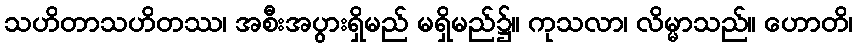
သဟိတာသဟိတဿ၊ အစီးအပွားရှိမည် မရှိမည်၌။ ကုသလာ၊ လိမ္မာသည်။ ဟောတိ၊